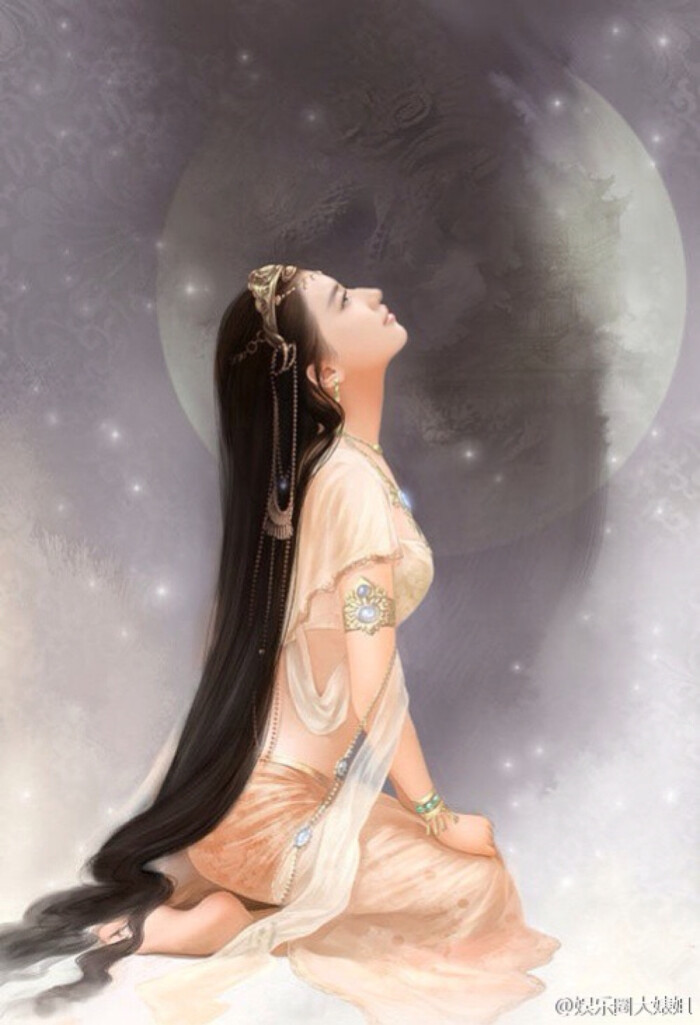
赏心乐事共谁论？花下销魂，月下销魂。